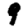
Digit: 9